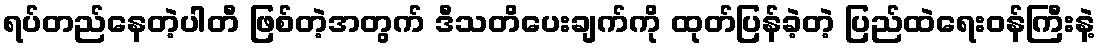
ရပ်တည်နေတဲ့ပါတီ ဖြစ်တဲ့အတွက် ဒီသတိပေးချက်ကို ထုတ်ပြန်ခဲ့တဲ့ ပြည်ထဲရေးဝန်ကြီးနဲ့